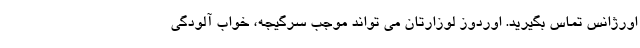
اورژانس تماس بگیرید. اوردوز لوزارتان می تواند موجب سرگیجه، خواب آلودگی